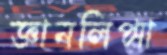
জ্ঞানলিপ্সা